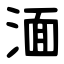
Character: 湎